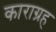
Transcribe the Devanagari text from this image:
काराग्रह